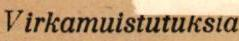
Virkamuistutuksia